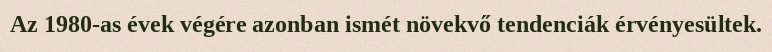
Az 1980-as évek végére azonban ismét növekvő tendenciák érvényesültek.